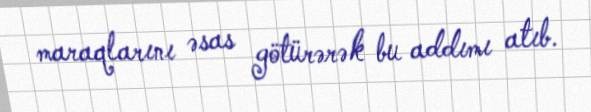
maraqlarını əsas götürərək bu addımı atıb.